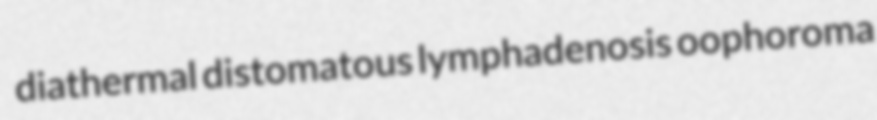
diathermal distomatous lymphadenosis oophoroma